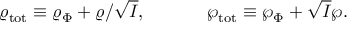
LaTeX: \varrho _ { \mathrm { t o t } } \equiv \varrho _ { \Phi } + \varrho / \sqrt { I } , \ \ \ \ \ \ \ \ \ \ \wp _ { \mathrm { t o t } } \equiv \wp _ { \Phi } + \sqrt { I } \wp .